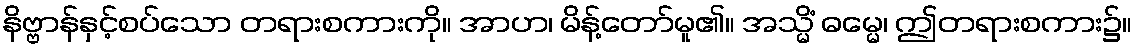
နိဗ္ဗာန်နှင့်စပ်သော တရားစကားကို။ အာဟ၊ မိန့်တော်မူ၏။ အသ္မိံ ဓမ္မေ၊ ဤတရားစကား၌။